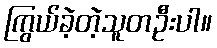
ကြွယ်ခဲ့တဲ့သူတဦးပါ။